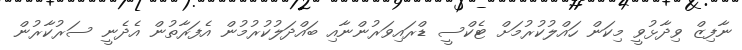
ނާފިޒް ވިދާޅުވީ މިކަން ހައްލުކުރުމަށް ޓެކްސީ ޑްރައިވަރުންނާއި ބައްދަލުކުރުމުން އެފަރާތުން އެދެނީ ސަރުކާރުން